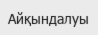
Айқындалуы